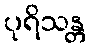
ပုရိသန္တ